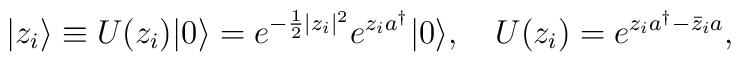
|z_i\rangle\equiv U(z_i)|0\rangle=e^{-\frac12|z_i|^2}e^{z_ia^\dagger}|0\rangle,  \quad U(z_i)=e^{z_i a^\dagger-\bar{z}_i a},